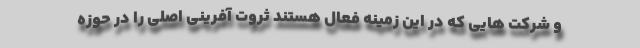
و شرکت هایی که در این زمینه فعال هستند ثروت آفرینی اصلی را در حوزه